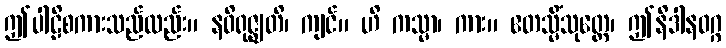
ဤပါဠိစကားသည်လည်း။ နဝိရုဇ္ဈတိ၊ ကျင်။ ဟိ ကသ္မာ၊ ကား။ ဧတသ္မိံသုတ္တေ၊ ဤနိဒါနဝဂ္ဂ